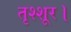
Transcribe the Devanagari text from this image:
तृश्शूर।